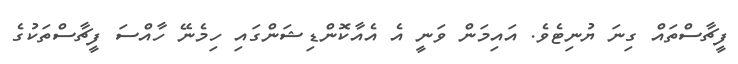
ފީޗާސްތައް ގިނަ ޔުނިޓެވެ. އައިމަން ވަނީ އެ އެއާކޮންޑިޝަންގައި ހިމެނޭ ހާއްސަ ފީޗާސްތަކުގެ